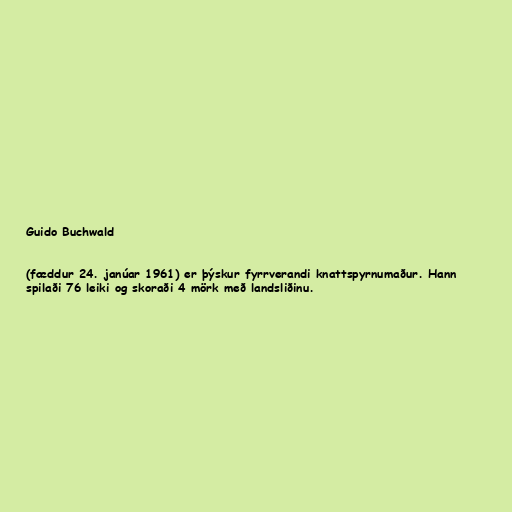
Guido Buchwald

(fæddur 24. janúar 1961) er þýskur fyrrverandi knattspyrnumaður. Hann
spilaði 76 leiki og skoraði 4 mörk með landsliðinu.